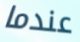
عندما